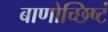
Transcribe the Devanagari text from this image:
बाणोच्छिष्टं